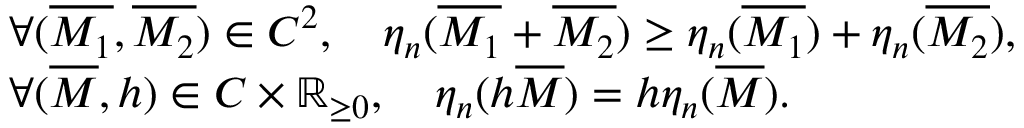
\begin{array} { r l } & { \forall ( \overline { { M _ { 1 } } } , \overline { { M _ { 2 } } } ) \in C ^ { 2 } , \quad \eta _ { n } ( \overline { { M _ { 1 } } } + \overline { { M _ { 2 } } } ) \geq \eta _ { n } ( \overline { { M _ { 1 } } } ) + \eta _ { n } ( \overline { { M _ { 2 } } } ) , } \\ & { \forall ( \overline { { M } } , h ) \in C \times { \mathbb { R } } _ { \geq 0 } , \quad \eta _ { n } ( h \overline { { M } } ) = h \eta _ { n } ( \overline { { M } } ) . } \end{array}